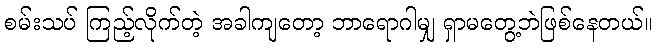
စမ်းသပ် ကြည့်လိုက်တဲ့ အခါကျတော့ ဘာရောဂါမျှ ရှာမတွေ့ဘဲဖြစ်နေတယ်။